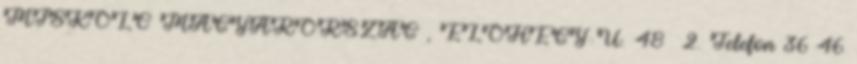
MISKOLC MAGYARORSZÁG , ELŐHEGY U. 48 2. Telefon 36 46